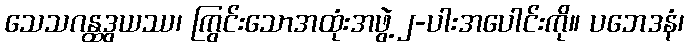
သေသဂန္ထဒွယဿ၊ ကြွင်းသောအထုံးအဖွဲ့ ၂-ပါးအပေါင်းကို။ ပဘေဒနံ၊